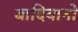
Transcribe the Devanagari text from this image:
बादियानो